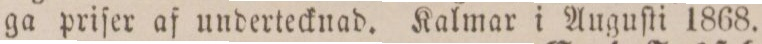
ga priſer af undertecknad. Kalmar i Auguſti 1868.